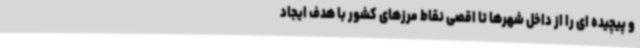
و پیچیده ای را از داخل شهرها تا اقصی نقاط مرزهای کشور با هدف ایجاد